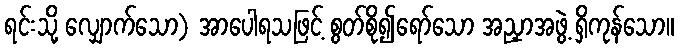
ရင်းသို့ လျှောက်သော) အာပေါရသဖြင့် စွတ်စို၍ရော်သော အညှာအဖွဲ့ ရှိကုန်သော။